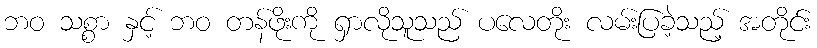
ဘဝ သစ္စာ နှင့် ဘဝ တန်ဖိုးကို ရှာလိုသူသည် ပလေတိုး လမ်းပြခဲ့သည့် အတိုင်း